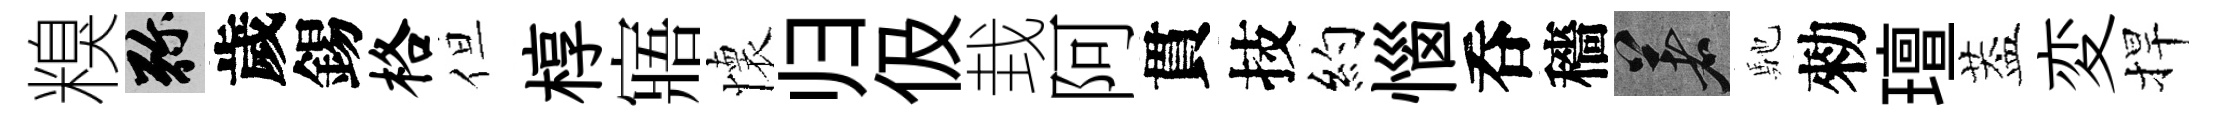
糗弥歲錫格但椁寤懷归伋㘽阿貫技約惱呑穡著馳勑璮葢変捍